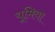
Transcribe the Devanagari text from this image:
यूमिया